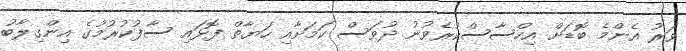
ވަރު އެންމެ ބޮޑަށް އިހްސާސްކުރެވުނު ދުވަސް ކަމަށާއި ހަޔާތް ފޮޅައި ސާފުކުރުމުގެ އިންގިލާބު